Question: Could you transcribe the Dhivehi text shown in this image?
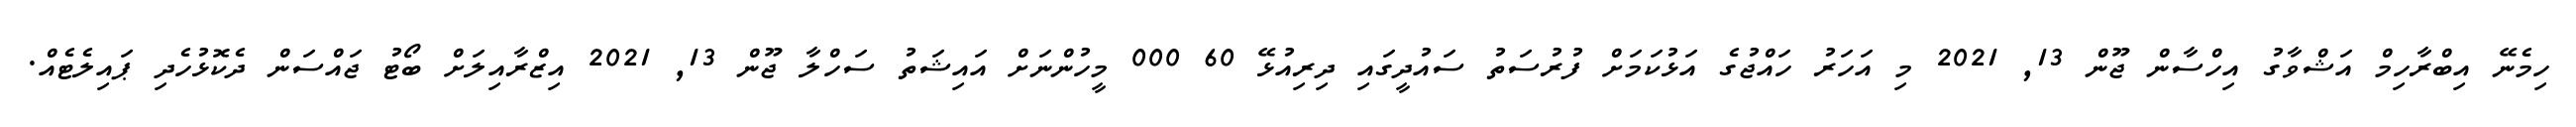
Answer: ހިމެނޭ އިބްރާހިމް އަޝްވާގު އިހްސާން ޖޫން 13, 2021 މި އަހަރު ހައްޖުގެ އަޅުކަމަށް ފުރުސަތު ސައުދީގައި ދިރިއުޅޭ 60 000 މީހުންނަށް އައިޝަތު ސަހްލާ ޖޫން 13, 2021 އިޒްރާއިލަށް ބޯޓު ޖައްސަން ދެކޮޅުހެދި ޕައިލެޓެއް.